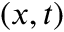
( x , t )